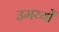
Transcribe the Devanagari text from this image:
उमय्यों